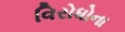
વિરોધોના